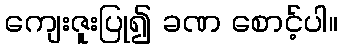
ကျေးဇူးပြု၍ ခဏ စောင့်ပါ။